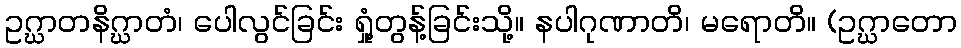
ဥဂ္ဃာတနိဂ္ဃာတံ၊ ပေါလွင်ခြင်း ရှုံ့တွန့်ခြင်းသို့။ နပါဂုဏာတိ၊ မရောတိ။ (ဥဂ္ဃာတော